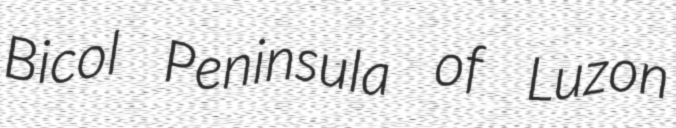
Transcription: Bicol Peninsula of Luzon